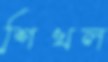
শিখল